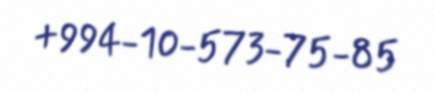
+994-10-573-75-85